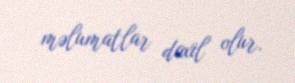
məlumatlar daxil olur.